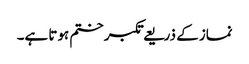
نماز کے ذریعے تکبر ختم ہوتا ہے۔